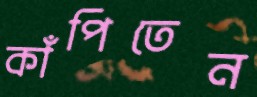
কাঁপিতেন